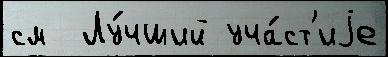
см  Лу́чший уча́ст'иjе